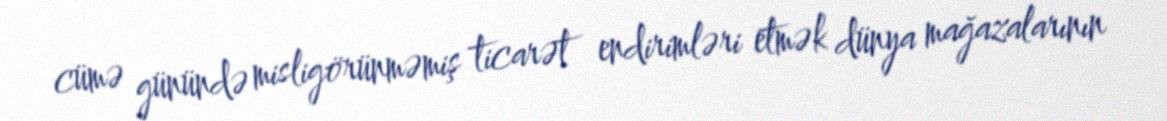
cümə günündə misligörünməmiş ticarət endirimləri etmək dünya mağazalarının